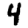
Digit: 4